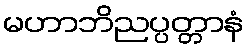
မဟာဘိညပ္ပတ္တာနံ